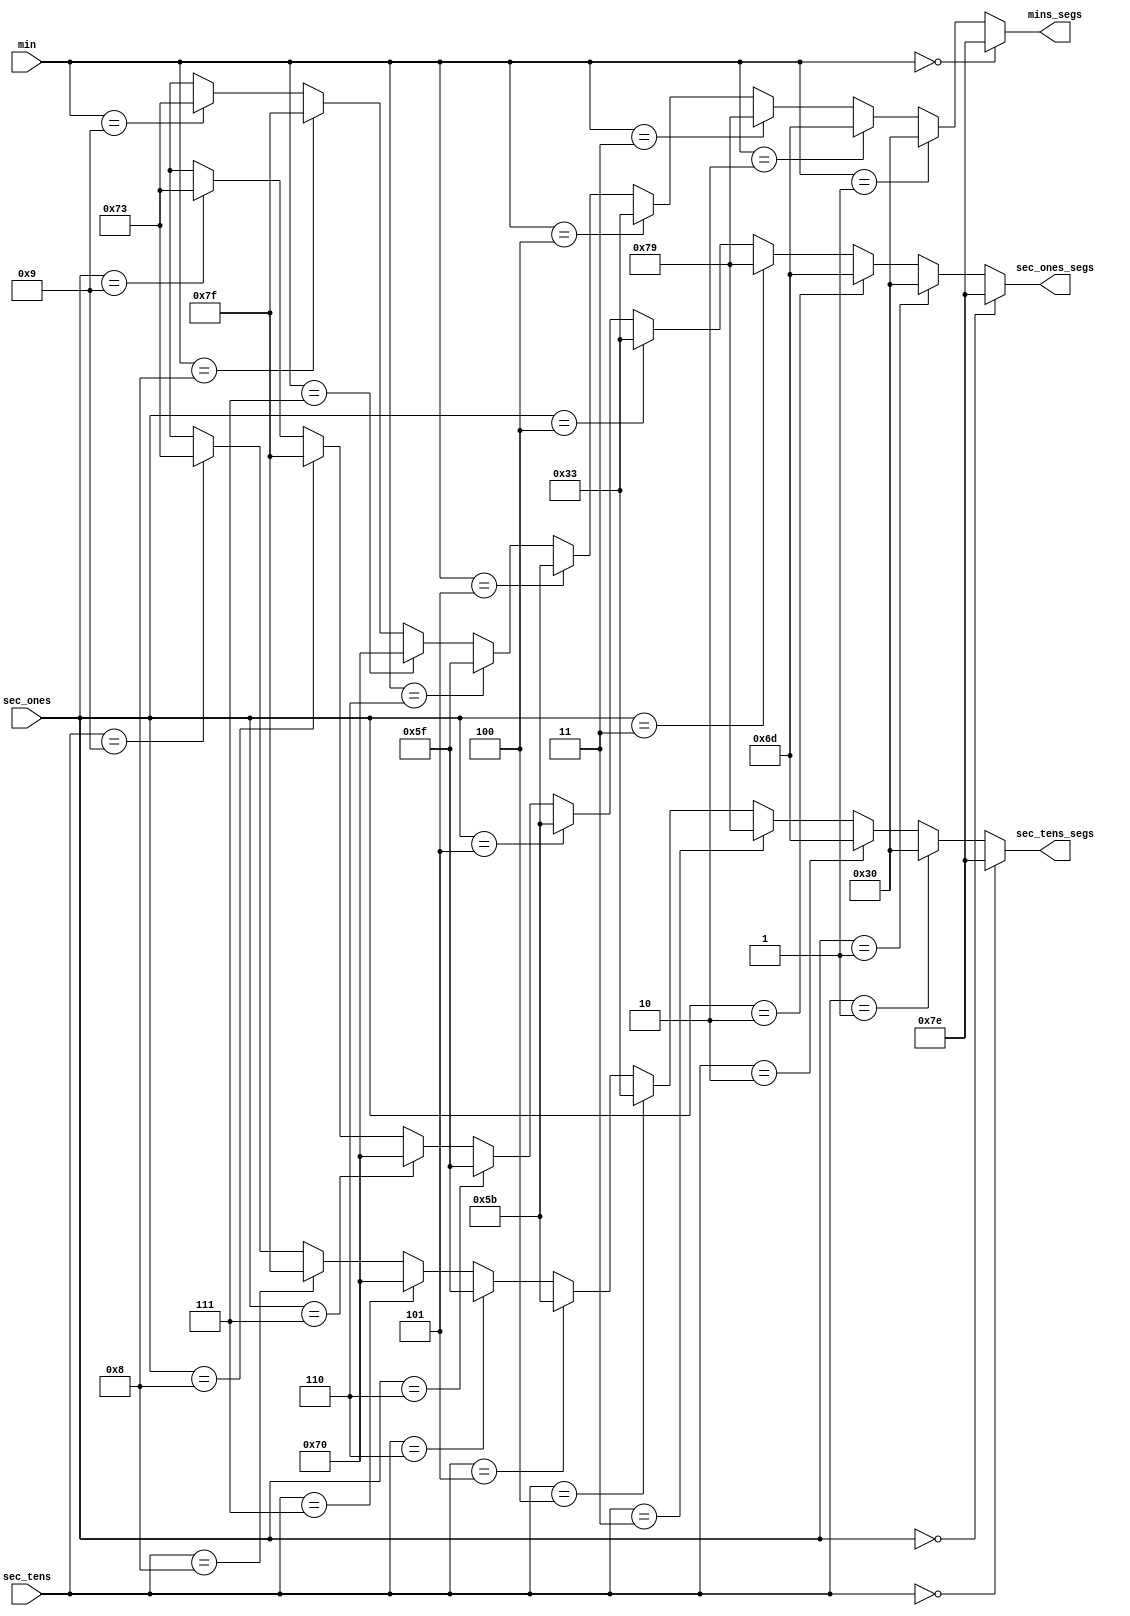
module decoder_7(output wire [6:0] sec_ones_segs, sec_tens_segs, mins_segs,
                input wire  [3:0] sec_ones,sec_tens,min);

/*
O objetivo dessa parte  decodificar os nmeros de relgio de BCD para um display de 7 segmentos.
Para tal, igualamos os valores de 0 a 9 das unidades de segundos, das dezenas de segundos e dos minutos aos seus correspondentes no formato de 7 segmentos (que necessita de 7 bits para ser representado).
As entradas em BCD so sec_ones (unidades de segundo), sec_tens (dezenas de segundos) e min (minutos).
As sadas em display de 7 segmentos so sec_ones_segs (unidades de segundo), sec_tens_segs (dezenas de segundos) e min_segs (minutos).
*/
assign mins_segs =   (min == 4'b0000)? 7'b111_1110:
                    (min == 4'b0001) ? 7'b011_0000:
                    (min == 4'b0010) ? 7'b110_1101:
                    (min == 4'b0011) ? 7'b111_1001:
                    (min == 4'b0100) ? 7'b011_0011:
                    (min == 4'b0101) ? 7'b101_1011:
                    (min == 4'b0110) ? 7'b101_1111:
                    (min == 4'b0111) ? 7'b111_0000:
                    (min == 4'b1000) ? 7'b111_1111:
                    (min == 4'b1001) ? 7'b111_0011:
                    8'bXXXX_XXXX;


assign sec_tens_segs =  (sec_tens == 4'b0000) ? 7'b111_1110:
                        (sec_tens == 4'b0001) ? 7'b011_0000:
                        (sec_tens == 4'b0010) ? 7'b110_1101:
                        (sec_tens == 4'b0011) ? 7'b111_1001:
                        (sec_tens == 4'b0100) ? 7'b011_0011:
                        (sec_tens == 4'b0101) ? 7'b101_1011:
                        (sec_tens == 4'b0110) ? 7'b101_1111:
                        (sec_tens == 4'b0111) ? 7'b111_0000:
                        (sec_tens == 4'b1000) ? 7'b111_1111:
                        (sec_tens == 4'b1001) ? 7'b111_0011:
                        8'bXXXX_XXXX;

assign sec_ones_segs =  (sec_ones == 4'b0000) ? 7'b111_1110:
                        (sec_ones == 4'b0001) ? 7'b011_0000:
                        (sec_ones == 4'b0010) ? 7'b110_1101:
                        (sec_ones == 4'b0011) ? 7'b111_1001:
                        (sec_ones == 4'b0100) ? 7'b011_0011:
                        (sec_ones == 4'b0101) ? 7'b101_1011:
                        (sec_ones == 4'b0110) ? 7'b101_1111:
                        (sec_ones == 4'b0111) ? 7'b111_0000:
                        (sec_ones == 4'b1000) ? 7'b111_1111:
                        (sec_ones == 4'b1001) ? 7'b111_0011:
                        8'bXXXX_XXXX;


endmodule